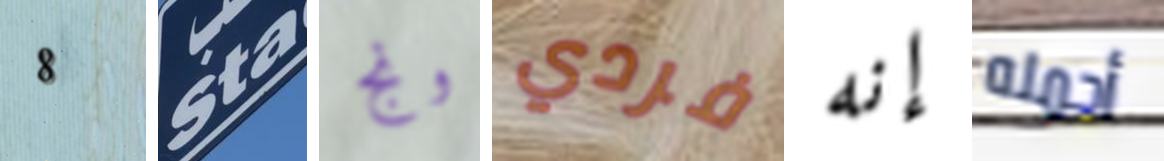
8 Sta ونج فردي إنه أحمله